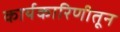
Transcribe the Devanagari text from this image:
कार्यकारिणीतून